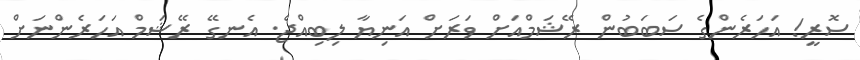
ސޮރީ! އަހަރެންގެ ސަބަބުން ރޭޝަމްއަށް ވަރަށް އަނިޔާ ލިބިއްޖެ. އެނގޭ ރޭޝަމް އަހަރެންނަށް